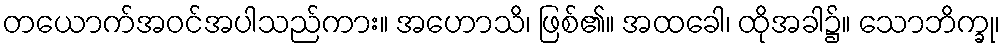
တယောက်အဝင်အပါသည်ကား။ အဟောသိ၊ ဖြစ်၏။ အထခေါ၊ ထိုအခါ၌။ သောဘိက္ခု၊